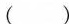
()